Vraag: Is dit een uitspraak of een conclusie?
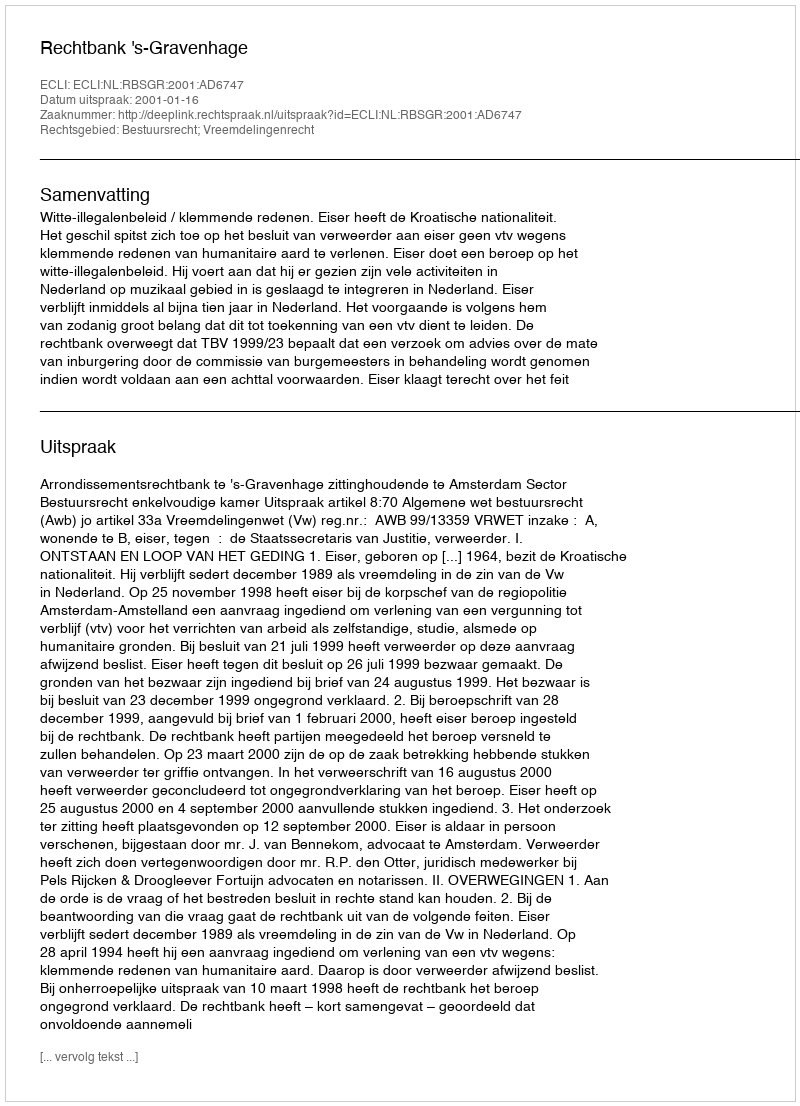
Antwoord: Uitspraak